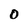
Character: O